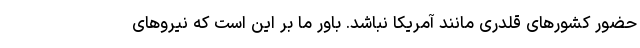
حضور کشورهای قلدری مانند آمریکا نباشد. باور ما بر این است که نیروهای